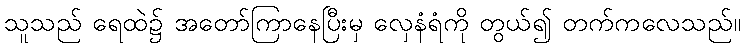
သူသည် ရေထဲ၌ အတော်ကြာနေပြီးမှ လှေနံရံကို တွယ်၍ တက်ကလေသည်။